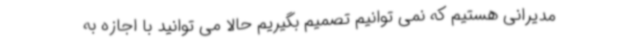
مدیرانی هستیم که نمی توانیم تصمیم بگیریم حالا می توانید با اجازه به